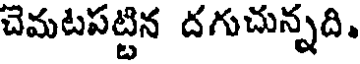
చెమటపట్టిన దగుచున్నది.